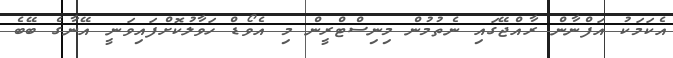
އެކަމަކު އަފްނާން ރާއްޖޭގައި ނެތުމުން މިނިސްޓްރީން މި އެވޯޑް ހަވާލުކޮށްފައިވަނީ އޭނާގެ ބޭބެ